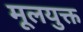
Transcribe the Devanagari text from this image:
मूलयुक्त